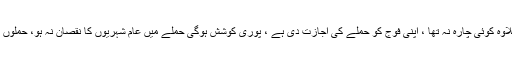
برطانوی وزیراعظم تھریسا مے کا کہنا تھا شام پر طاقت کے استعمال کے علاوہ کوئی چارہ نہ تھا ، اپنی فوج کو حملے کی اجازت دی ہے ، پوری کوشش ہوگی حملے میں عام شہریوں کا نقصان نہ ہو، حملوں کا مقصد شامی حکومت کے کیمیائی ہتھیاروں کی صلاحیت کو ختم کرنا ہے۔